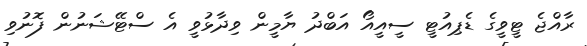
ރާއްޖެ ޓީވީގެ ޑެޕިއުޓީ ސީއީއޯ އަބްދު ޔާމީން ވިދާޅުވީ އެ ސްޓޭޝަނުން ފޮނުވި